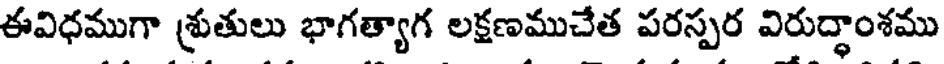
ఈవిధముగా శ్రుతులు భాగత్యాగ లక్షణముచేత పరస్పర విరుద్ధాంశము